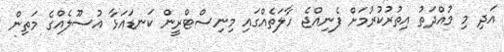
އަދި މި މުއްދަތު އިތުރުކުރުމަށް ފެނިއްޖެ ހާލަތެއްގައި މިނިސްޓްރީން ކަނޑައަޅާ އުސޫލެއްގެ މަތިން